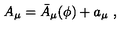
A _ { \mu } = \bar { A } _ { \mu } ( \phi ) + a _ { \mu } \ ,